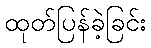
ထုတ်ပြန်ခဲ့ခြင်း